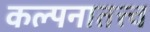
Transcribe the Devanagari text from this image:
कल्पनातत्त्व